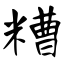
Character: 糟